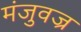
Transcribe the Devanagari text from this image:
मंजुवज्र